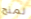
لمنح